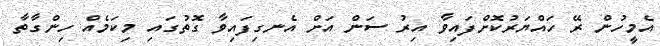
އެމީހުން ރޭ ހައްޔަރުކޮށްފައިވާ އިރު ސަން އަށް އެނގިފައިވާ ގޮތުގައި މިކަމެއް ހިންގާތާ